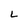
Character: L